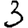
Digit: 3